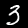
Label: 3